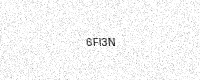
Text: 6FI3N